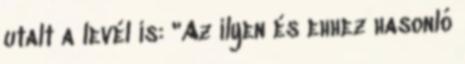
utalt a levél is: "Az ilyen és ehhez hasonló